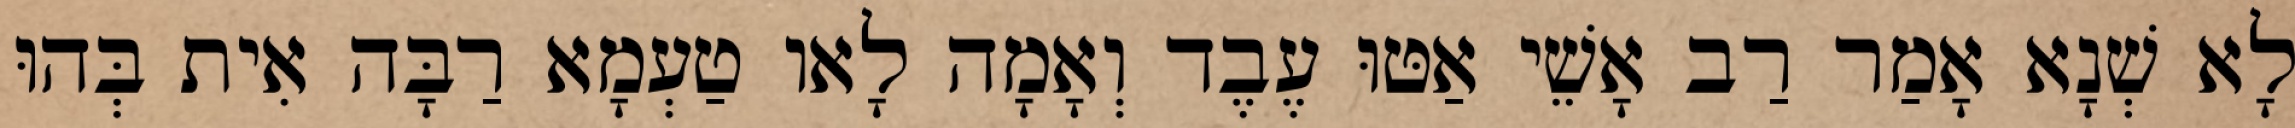
לָא שְׁנָא אָמַר רַב אָשֵׁי אַטּוּ עֶבֶד וְאָמָה לָאו טַעְמָא רַבָּה אִית בְּהוּ